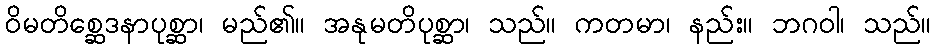
ဝိမတိစ္ဆေဒနာပုစ္ဆာ၊ မည်၏။ အနုမတိပုစ္ဆာ၊ သည်။ ကတမာ၊ နည်း။ ဘဂဝါ၊ သည်။